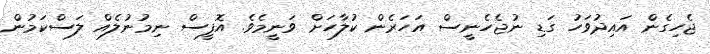
ޖެހިގެން އައިދުވަހު ގަޑި ނުޖެހެނީސް އަހަރެން ކުލާހަށް ވަނީމެވެ. އޮފީސް ނިމުނުލެއް ލަސްކަމުން